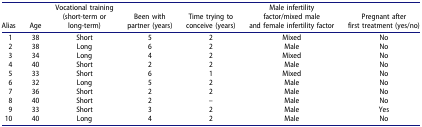
| Alias | Age | Vocational training(short-term orlong-term) | Been withpartner (years) | Time trying toconceive (years) | Male infertilityfactor/mixed maleand female infertility factor | Pregnant afterfirst treatment (yes/no) |
 | --- | --- | --- | --- | --- | --- | --- |
 | 1 | 38 | Short | 5 | 2 | Mixed | No |
 | 2 | 38 | Long | 6 | 2 | Male | No |
 | 3 | 34 | Long | 4 | 2 | Mixed | No |
 | 4 | 40 | Short | 2 | 2 | Male | No |
 | 5 | 33 | Short | 6 | 1 | Mixed | No |
 | 6 | 32 | Long | 5 | 2 | Male | No |
 | 7 | 36 | Short | 2 | 2 | Male | No |
 | 8 | 40 | Short | 2 | – | Male | No |
 | 9 | 33 | Short | 3 | 2 | Male | Yes |
 | 10 | 40 | Long | 4 | 2 | Male | No |